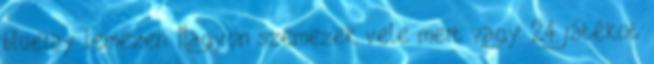
blueray lemezen. Nagyon szemezek vele mert vagy 24 játékot